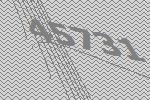
45731